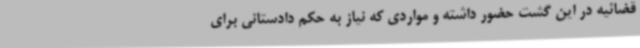
قضائیه در این گشت حضور داشته و مواردی که نیاز به حکم دادستانی برای